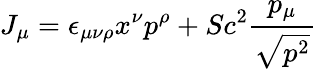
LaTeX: J_{\mu}=\epsilon_{\mu\nu\rho}x^{\nu}p^{\rho}+Sc^{2}\frac{p_{\mu}}{\sqrt{p^{2}}}